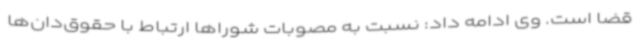
قضا است. وی ادامه داد: نسبت به مصوبات شوراها ارتباط با حقوق‌دان‌ها